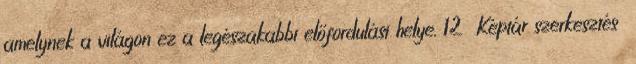
amelynek a világon ez a legészakabbi előfordulási helye. 12 Képtár szerkesztés